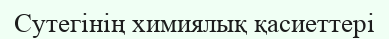
Сутегінің химиялық қасиеттері